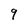
Character: 9